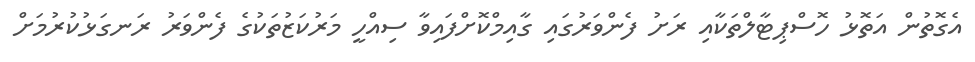
އެގޮތުން އަތޮޅު ހޮސްޕިޓާލްތަކާއި ރަށު ފެންވަރުގައި ގާއިމްކޮށްފައިވާ ސިއްހީ މަރުކަޒުތަކުގެ ފެންވަރު ރަނގަޅުކުރުމަށް